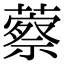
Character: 䕓